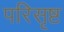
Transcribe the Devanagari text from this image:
परिसृष्ट